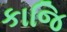
કાજિ